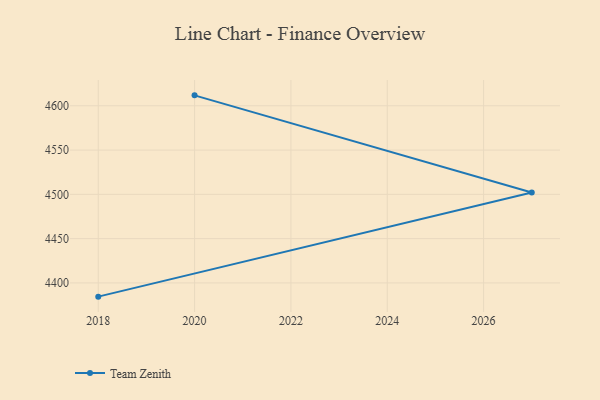
{"axis": {"x": "Year", "y": "Shipments"}, "legend": ["Team Zenith"], "data": [{"x": "2020", "y": 4611.8, "type": "Team Zenith"}, {"x": "2027", "y": 4502.1, "type": "Team Zenith"}, {"x": "2018", "y": 4384.5, "type": "Team Zenith"}]}